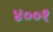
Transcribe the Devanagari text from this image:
४००१